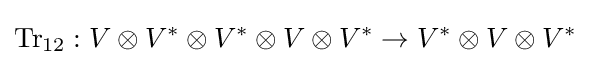
\mathrm {Tr} _{12}:V\otimes V^{*}\otimes V^{*}\otimes V\otimes V^{*}\to V^{*}\otimes V\otimes V^{*}